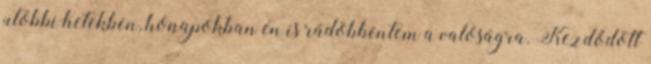
utóbbi hetekben, hónapokban én is rádöbbentem a valóságra. Kezdődött